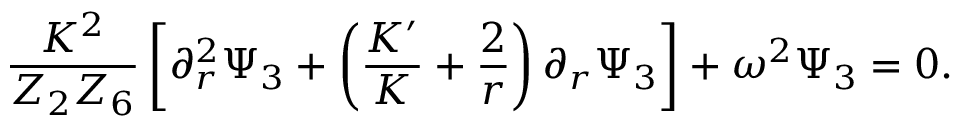
{ \frac { K ^ { 2 } } { Z _ { 2 } Z _ { 6 } } } \left[ \partial _ { r } ^ { 2 } \Psi _ { 3 } + \left( { \frac { K ^ { \prime } } { K } } + { \frac { 2 } { r } } \right) \partial _ { r } \Psi _ { 3 } \right] + \omega ^ { 2 } \Psi _ { 3 } = 0 .